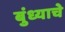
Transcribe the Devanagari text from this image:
बुंध्याचे